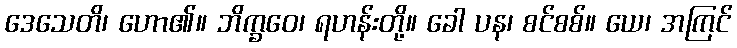
ဒေသေတိ၊ ဟော၏။ ဘိက္ခဝေ၊ ရဟန်းတို့။ ခေါ ပန၊ စင်စစ်။ ယေ၊ အကြင်